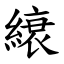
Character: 縗